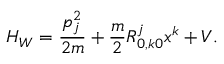
H _ { W } = \frac { p _ { j } ^ { 2 } } { 2 m } + \frac { m } { 2 } R _ { 0 , k 0 } ^ { j } x ^ { k } + V .